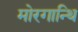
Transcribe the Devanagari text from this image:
मोरगान्थि